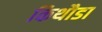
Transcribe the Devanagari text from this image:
किथौडा